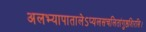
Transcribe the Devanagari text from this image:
अलभ्यापातालेऽप्यलसचलितांगुष्ठशिरसि।